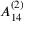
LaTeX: { A } _ { 1 4 } ^ { ( 2 ) }